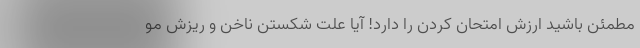
مطمئن باشید ارزش امتحان کردن را دارد! آیا علت شکستن ناخن و ریزش مو